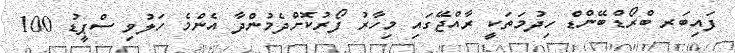
ފައިބަރ ބްރޯޑްބޭންޑް ހިދުމަތަކީ ރާއްޖޭގައި މިހާރު ފޯރުކޮށްދެމުންދާ އެންމެ ހަލުވި ސްޕީޑު 100